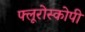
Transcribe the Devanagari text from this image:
फ्लूरोस्कोपी